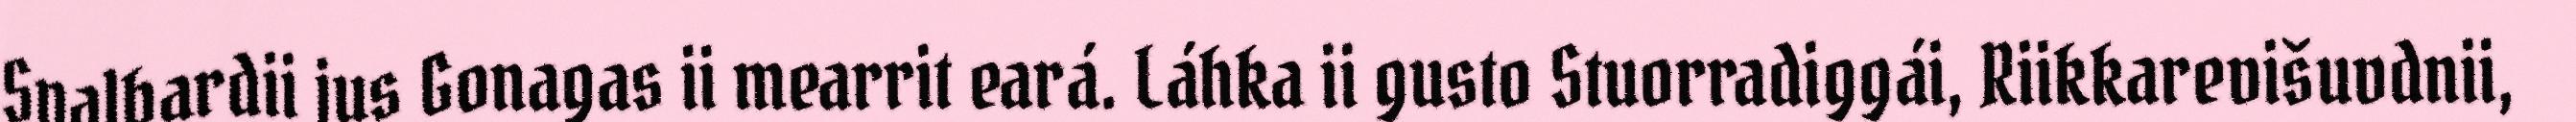
Svalbardii jus Gonagas ii mearrit eará. Láhka ii gusto Stuorradiggái, Riikkarevišuvdnii,